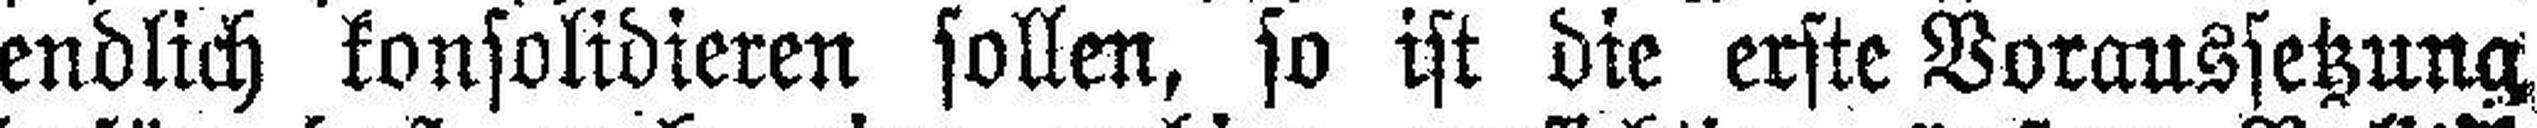
endlich konsolidieren sollen, so ist die erste Voraussetzung